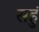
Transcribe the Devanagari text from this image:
सहुं